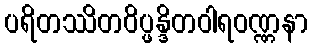
ပရိတဿိတဝိပ္ဖန္ဒိတဝါရဝဏ္ဏနာ